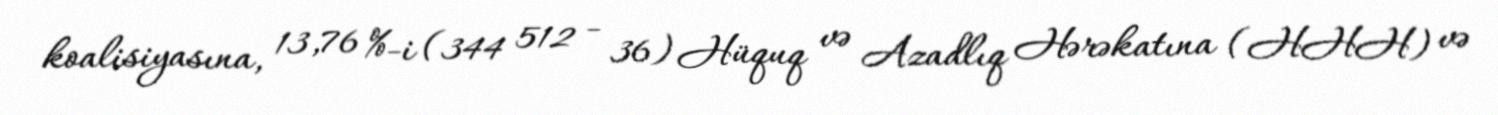
koalisiyasına, 13,76 %-i (344 512 - 36) Hüquq və Azadlıq Hərəkatına (HHH) və